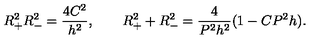
R _ { + } ^ { 2 } R _ { - } ^ { 2 } = \frac { 4 C ^ { 2 } } { h ^ { 2 } } , \qquad R _ { + } ^ { 2 } + R _ { - } ^ { 2 } = \frac { 4 } { P ^ { 2 } h ^ { 2 } } ( 1 - C P ^ { 2 } h ) .